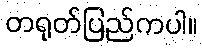
တရုတ်ပြည်ကပါ။